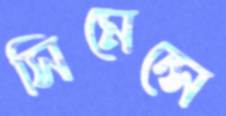
সিমেন্সে